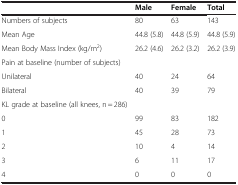
<table><thead><tr><td><b> </b></td><td><b>Male</b></td><td><b>Female</b></td><td><b>Total</b></td></tr></thead><tbody><tr><td>Numbers of subjects</td><td>80</td><td>63</td><td>143</td></tr><tr><td>Mean Age</td><td>44.8 (5.8)</td><td>44.8 (5.9)</td><td>44.8 (5.9)</td></tr><tr><td>Mean Body Mass Index (kg/m<sup>2</sup>)</td><td>26.2 (4.6)</td><td>26.2 (3.2)</td><td>26.2 (3.9)</td></tr><tr><td>Pain at baseline (number of subjects)</td><td> </td><td> </td><td> </td></tr><tr><td>Unilateral</td><td>40</td><td>24</td><td>64</td></tr><tr><td>Bilateral</td><td>40</td><td>39</td><td>79</td></tr><tr><td>KL grade at baseline (all knees, n = 286)</td><td> </td><td> </td><td> </td></tr><tr><td>0</td><td>99</td><td>83</td><td>182</td></tr><tr><td>1</td><td>45</td><td>28</td><td>73</td></tr><tr><td>2</td><td>10</td><td>4</td><td>14</td></tr><tr><td>3</td><td>6</td><td>11</td><td>17</td></tr><tr><td>4</td><td>0</td><td>0</td><td>0</td></tr></tbody></table>